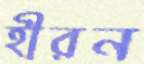
হীরন